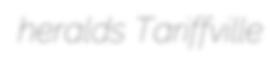
heralds Tariffville